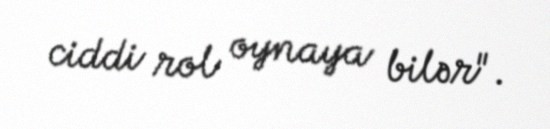
ciddi rol oynaya bilər".